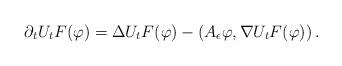
LaTeX: \begin{align*}\partial_tU_tF(\varphi)=\Delta U_tF(\varphi)-\left(A_{\epsilon}\varphi,\nabla U_tF(\varphi)\right).\end{align*}